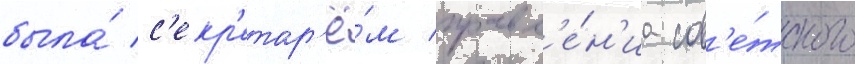
была́ с'екр'етар'ё́м правл'е́н'иа сов'е́тского